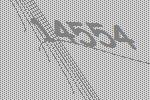
14554